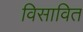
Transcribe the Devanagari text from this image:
विसावित